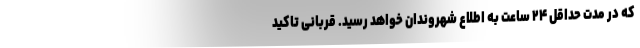
که در مدت حداقل ۲۴ ساعت به اطلاع شهروندان خواهد رسید. قربانی تاکید